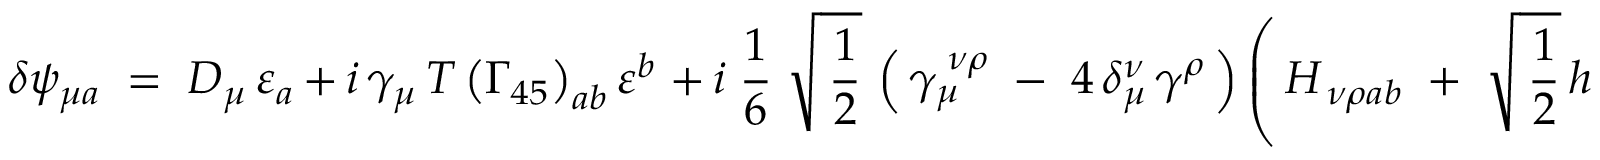
\delta \psi _ { \mu a } \; = \; D _ { \mu } \, \varepsilon _ { a } \, + \, i \, \gamma _ { \mu } \, T \left( \Gamma _ { 4 5 } \right) _ { a b } \varepsilon ^ { b } \; + \, i \; \frac { 1 } { 6 } \; \sqrt { \, \frac { 1 } { 2 } } \, \left( \, \gamma _ { \mu } ^ { \; \nu \rho } \; - \; 4 \, \delta _ { \mu } ^ { \nu } \, \gamma ^ { \rho } \, \right) \left( \, H _ { \, \nu \rho a b } \; + \; \sqrt { \, \frac { 1 } { 2 } } \, h _ { \, \nu \rho a b } \, \right) \varepsilon ^ { b } ,